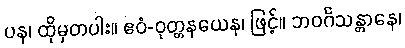
ပန၊ ထိုမှတပါး။ ဧဝံ-ဝုတ္တနယေန၊ ဖြင့်။ ဘဝင်္ဂသန္တာနေ၊